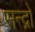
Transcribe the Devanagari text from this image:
सन्द्रो